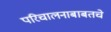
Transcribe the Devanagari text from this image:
परिचालनाबाबतचे